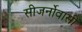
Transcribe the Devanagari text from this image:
सीजर्नोवासी